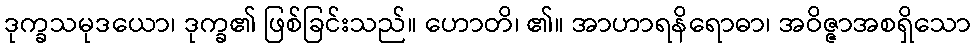
ဒုက္ခသမုဒယော၊ ဒုက္ခ၏ ဖြစ်ခြင်းသည်။ ဟောတိ၊ ၏။ အာဟာရနိရောဓာ၊ အဝိဇ္ဇာအစရှိသော